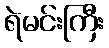
ရဲမင်းကြီး